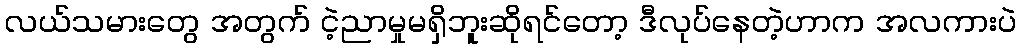
လယ်သမားတွေ အတွက် ငဲ့ညာမှုမရှိဘူးဆိုရင်တော့ ဒီလုပ်နေတဲ့ဟာက အလကားပဲ